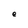
Character: e